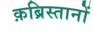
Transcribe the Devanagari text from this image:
क़ब्रिस्तानों